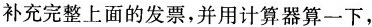
补充完整上面的发票，并用计算器算一下，